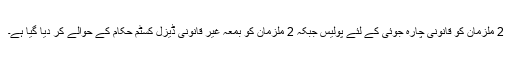
2 ملزمان کو قانونی چارہ جوئی کے لئے پولیس جبکہ 2 ملزمان کو بمعہ غیر قانونی ڈیزل کسٹم حکام کے حوالے کر دیا گیا ہے۔